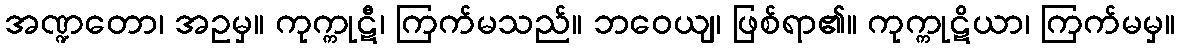
အဏ္ဍတော၊ အဥမှ။ ကုက္ကုဋီ၊ ကြက်မသည်။ ဘဝေယျ၊ ဖြစ်ရာ၏။ ကုက္ကုဋိယာ၊ ကြက်မမှ။